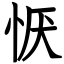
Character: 恹